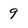
Character: 9